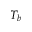
T _ { b }